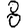
Digit: 8